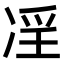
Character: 𠗝